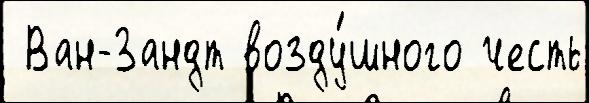
 Ван-Зандт возду́шного честь